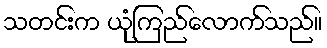
သတင်းက ယုံကြည်လောက်သည်။